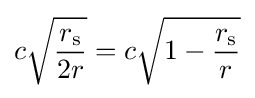
c{\sqrt {\frac {r_{\text{s}}}{2r}}}=c{\sqrt {1-{\frac {r_{\text{s}}}{r}}}}